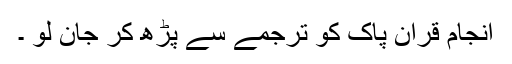
انجام قران پاک کو ترجمے سے پڑھ کر جان لو ۔